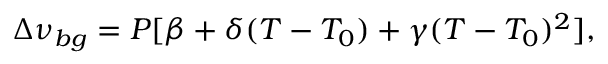
\Delta \nu _ { b g } = P [ \beta + \delta ( T - T _ { 0 } ) + \gamma ( T - T _ { 0 } ) ^ { 2 } ] ,